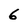
Character: 6